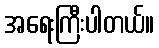
အရေးကြီးပါတယ်။